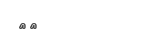
٤٢